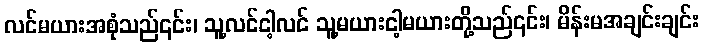
လင်မယားအစုံသည်၎င်း၊ သူ့လင်ငါ့လင် သူ့မယားငါ့မယားတို့သည်၎င်း၊ မိန်းမအချင်းချင်း